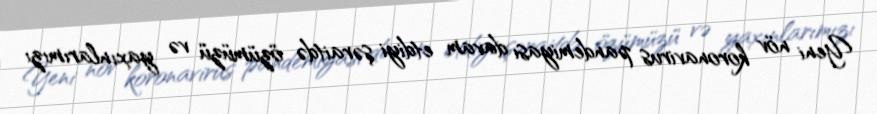
Yeni növ koronavirus pandemiyası davam etdiyi şəraitdə özümüzü və yaxınlarımızı